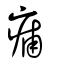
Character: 痡